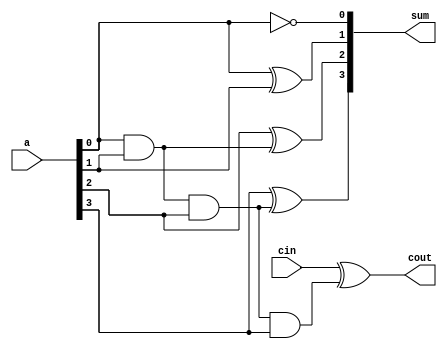
module bec4(a,cin,sum,cout);
input [3:0] a;
input cin;
output [3:0] sum;
output cout;

assign sum[0]=~a[0];
assign sum[1]=(a[0])^(a[1]);
assign sum[2]=(a[2]^((a[0])&(a[1])));
assign sum[3]=(a[3]^((a[0])&(a[1])&(a[2])));
assign cout=(cin^((a[0])&(a[1])&(a[2])&(a[3]))) ;

endmodule